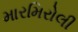
મારમિરોલી